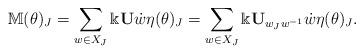
LaTeX: \begin{align*} \mathbb{M}(\theta)_J=\sum_{w\in X_J}\Bbbk{\bf U}\dot{w}\eta(\theta)_J=\sum_{w\in X_J}\Bbbk{\bf U}_{w_Jw^{-1}}\dot{w}\eta(\theta)_J.\end{align*}